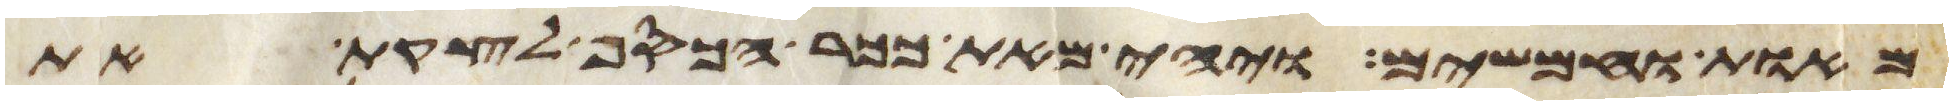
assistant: מאות וחמשים ויהי מאת ככר הכסף לקצת את